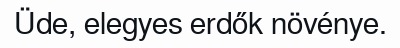
Üde, elegyes erdők növénye.